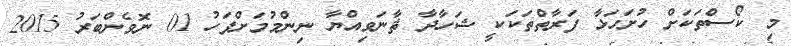
މި ކޯސްތަކަށް ހުށަހަޅާ ފަރާތްތަކަކީ ޝަހާދާ ޘާނަވިއްޔާ ނިންމުމަށްފަހު 01 ނޮވެންބަރު 2015